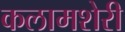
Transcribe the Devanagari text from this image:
कलामशेरी